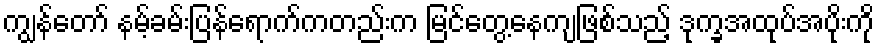
ကျွန်တော် နမ့်ခမ်းပြန်ရောက်ကတည်းက မြင်တွေ့နေကျဖြစ်သည့် ဒုက္ခအထုပ်အပိုးကို